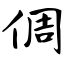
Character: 倜